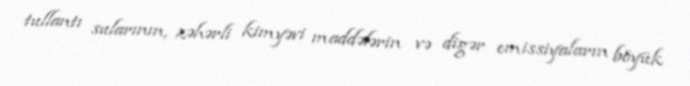
tullantı sularının, zəhərli kimyəvi maddələrin və digər emissiyaların böyük